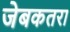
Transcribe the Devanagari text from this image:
जेबकतरा